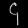
Digit: ၄